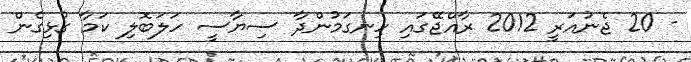
- 20 ޖެނުއަރީ 2012 ރާއްޖޭގައި ހިނގަމުންދާ ސިޔާސީ ހަލަބޮލި ކަމާ ގުޅިގެން